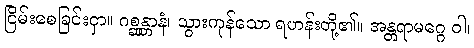
ငြိမ်းစေခြင်းငှာ။ ဂစ္ဆန္တာနံ၊ သွားကုန်သော ရဟန်းတို့၏။ အန္တရာမဂ္ဂေ ဝါ၊